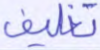
تغليف